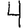
Digit: 4